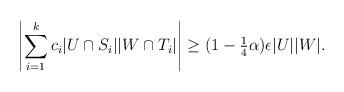
LaTeX: \begin{align*}\left|\sum_{i=1}^k c_i |U \cap S_i| |W \cap T_i|\right| \ge (1 - \tfrac14\alpha) \epsilon|U||W|.\end{align*}